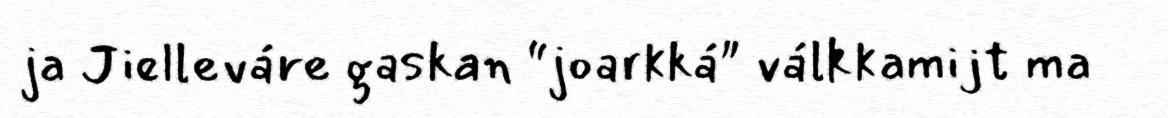
ja Jielleváre gaskan “joarkká" válkkamijt ma